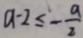
a - 2 \leq - \frac { a } { 2 }